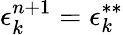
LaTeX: \epsilon_{k}^{n+1}=\epsilon_{k}^{**}